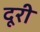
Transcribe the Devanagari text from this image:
दूरी